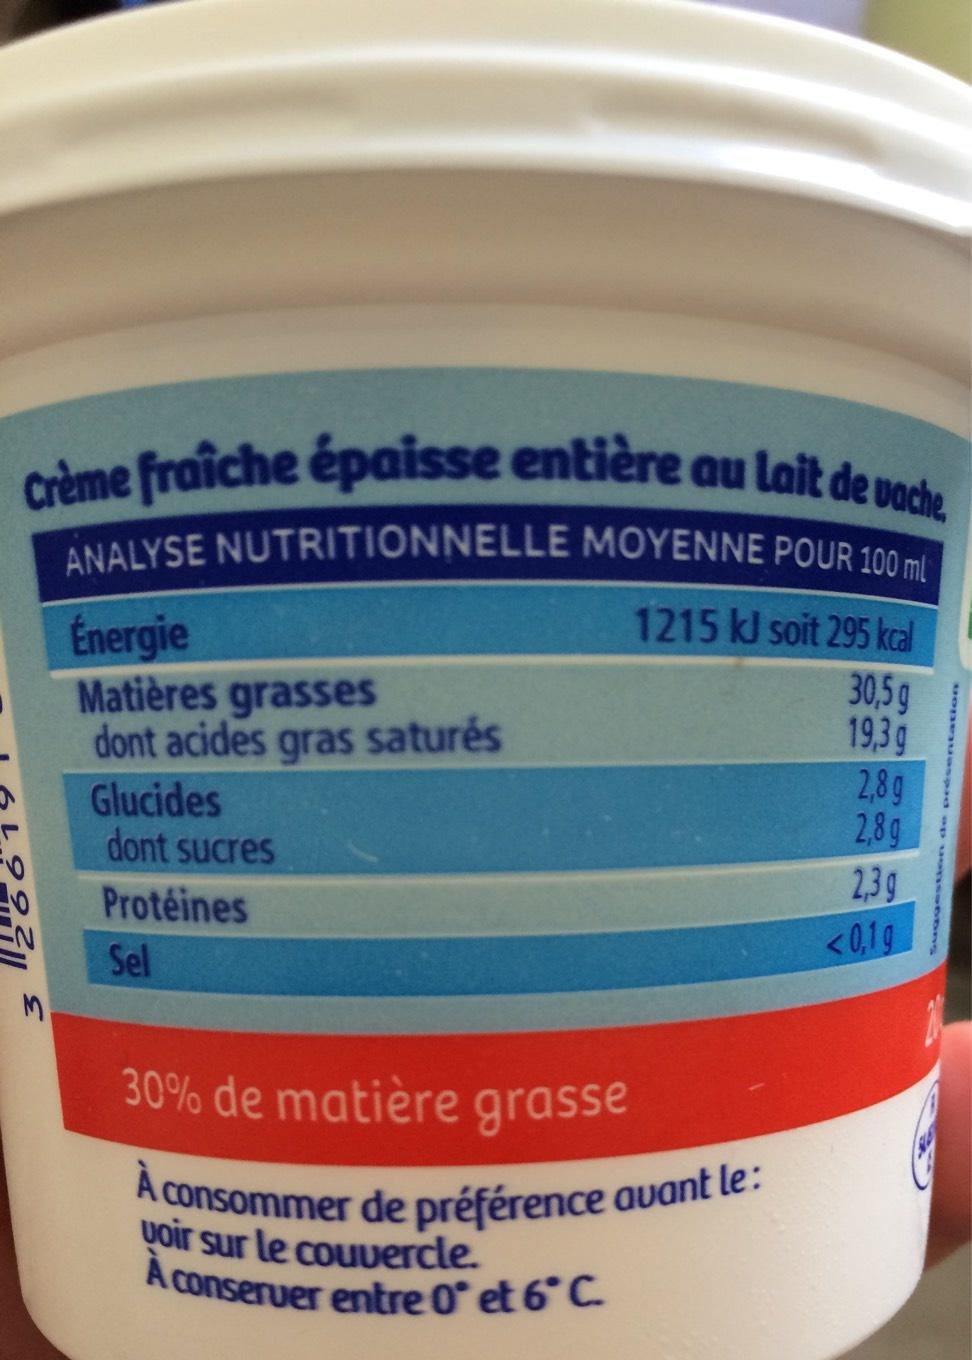
Crème fraîche épaisse entière au lait de vache ANALYSE NUTRITIONNELLE MOYENNE POUR 100 ml
1215 kJ soit 295 kcal
Énergie
30,5g
Matières grasses dont acides gras saturés
19,3 g 2,8g
2,8g
Glucides
dont sucres
Protéines
Sel
30% de matière grasse
A consommer de préférence avant le:
voir sur le couvercle. A conseruer entre 0 et 6°C.
388
2,3g
< 0,1 g
uggestion de présentation